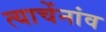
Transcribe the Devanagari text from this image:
त्याचेंनांव